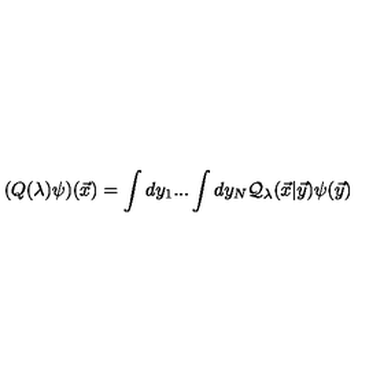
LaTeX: ( Q ( \lambda ) \psi ) ( { \vec { x } } ) = \int d y _ { 1 } . . . \int d y _ { N } { \cal Q } _ { \lambda } ( { \vec { x } } | { \vec { y } } ) \psi ( { \vec { y } } )